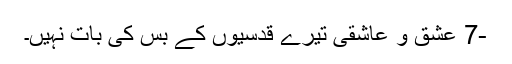
-7 عشق و عاشقی تیرے قدسیوں کے بس کی بات نہیں۔